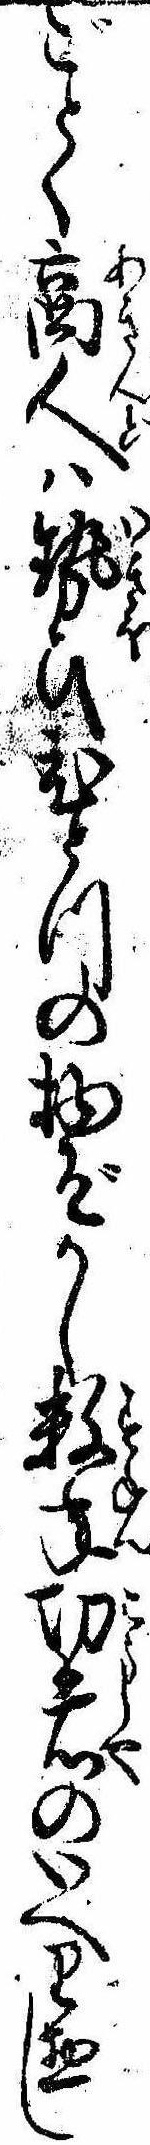
ごとく商人は勢ひひとつの物ぞかし数年功者のいへり惣し